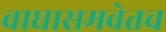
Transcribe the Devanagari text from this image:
वाघासमवेतच